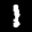
Label: 1